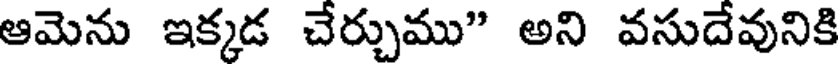
ఆమెను ఇక్కడ చేర్చుము" అని వసుదేవునికి